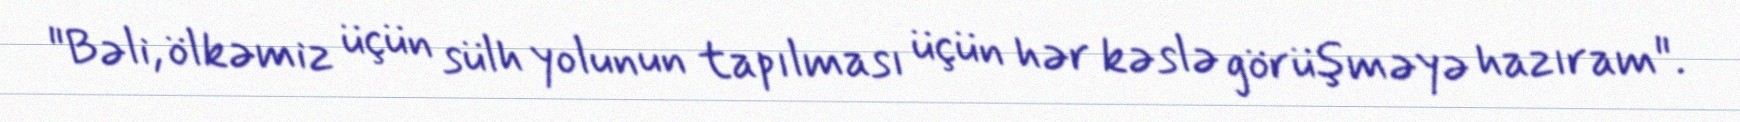
"Bəli, ölkəmiz üçün sülh yolunun tapılması üçün hər kəslə görüşməyə hazıram".